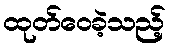
ထုတ်ဝေခဲ့သည့်